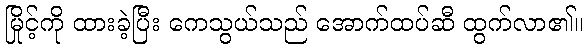
မြိုင့်ကို ထားခဲ့ပြီး ကေသွယ်သည် အောက်ထပ်ဆီ ထွက်လာ၏။